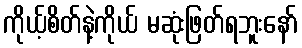
ကိုယ့်စိတ်နဲ့ကိုယ် မဆုံးဖြတ်ရဘူးနော်